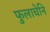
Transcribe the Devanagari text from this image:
फुलाचेनि